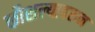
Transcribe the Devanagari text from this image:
कौशल्यावरुन